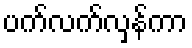
ပက်လက်လှန်ကာ